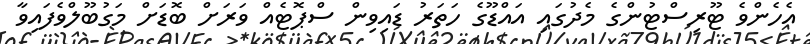
އެހެންވެ ޓޫރިސްޓުންގެ މެދުގައި އައްޑޫގެ ހަތަރު ޑައިވިން ސްޕޮޓެއް ވަރަށް ބޮޑަަށް މަގުބޫލްވެފައިވާ